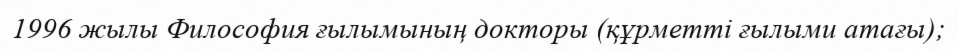
1996 жылы Философия ғылымының докторы (құрметті ғылыми атағы);